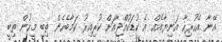
އޭނާ އެހުރިހާ އަނިޔާއެއް އެ ކުޑަކުއްޖާއަށް ކުރިއިރު ކަމާބެހެން ތިބި މީހުން ތިބީ